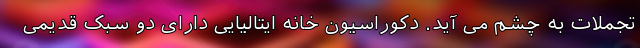
تجملات به چشم می آید. دکوراسیون خانه ایتالیایی دارای دو سبک قدیمی